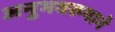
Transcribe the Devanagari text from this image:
अनुभवरूपाने